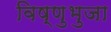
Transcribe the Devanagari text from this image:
विष्णुभुजा